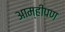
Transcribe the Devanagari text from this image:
आम्हीपण